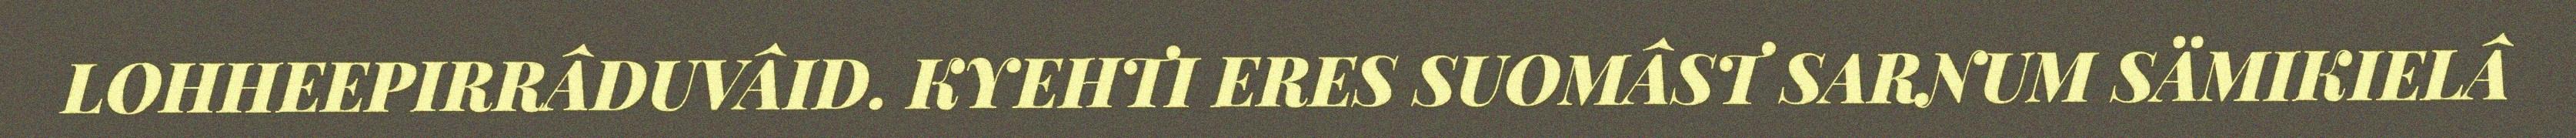
LOHHEEPIRRÂDUVÂID. KYEHTI ERES SUOMÂST SARNUM SÄMIKIELÂ